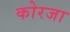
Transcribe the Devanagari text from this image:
कोरजा